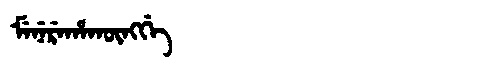
Manchu: ᠮᡝᠨᡝᡵᡝᡥᠠᡴᡡᠩᡤᡝ
Romanization: MENEREHAKŪNGGE